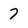
Character: 7